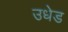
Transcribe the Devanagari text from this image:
उधेड